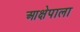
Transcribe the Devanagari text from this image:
आक्षेपाला